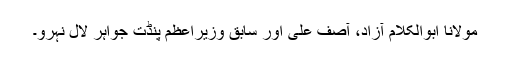
مولانا ابوالکلام آزاد، آصف علی اور سابق وزیراعظم پنڈت جواہر لال نہرو۔